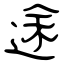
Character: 途